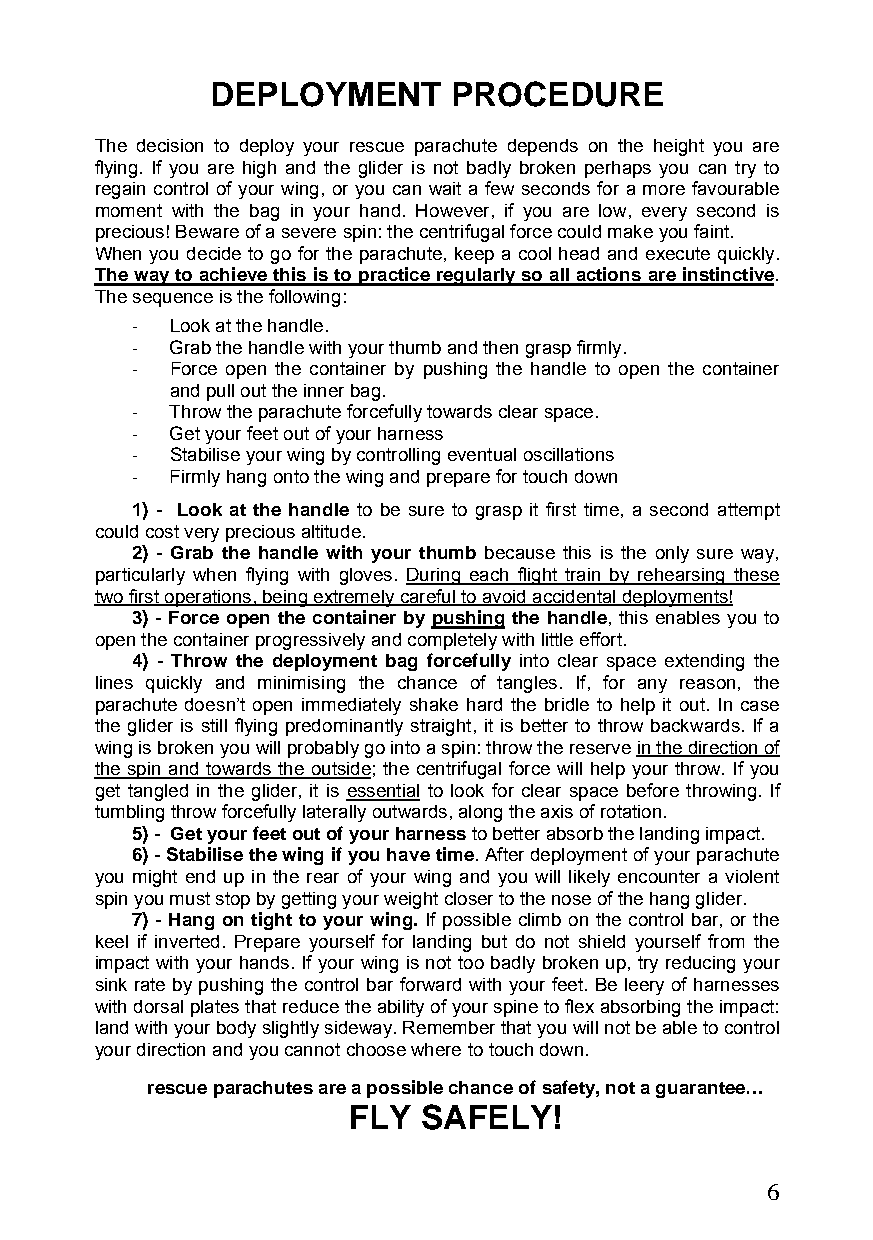
DEPLOYMENT      PROCEDURE
 The decision to deploy your rescue parachute depends on the height you are
 flying. If you are high and the glider is not badly broken perhaps you can try to
 regain control of your wing, or you can wait a few seconds for a more favourable
 moment with the bag in your hand. However, if you are low, every second is
 precious! Beware of a severe spin: the centrifugal force could make you faint.
 When you decide to go for the parachute, keep a cool head and execute quickly.
 The way to achieve this is to practice regularly so all actions are instinctive.
 The sequence is the following:
 - Look at the handle.
 - Grab the handle with your thumb and then grasp firmly.
 - Force open the container by pushing the handle to open the container
 and pull out the inner bag.
 - Throw the parachute forcefully towards clear space.
 - Get your feet out of your harness
 - Stabilise your wing by controlling eventual oscillations
 - Firmly hang onto the wing and prepare for touch down
 1) - Look at the handle to be sure to grasp it first time, a second attempt
 could cost very precious altitude.
 2) - Grab the handle with your thumb because this is the only sure way,
 particularly when flying with gloves. During each flight train by rehearsing these
 two first operations, being extremely careful to avoid accidental deployments!
 3) - Force open the container by pushing the handle, this enables you to
 open the container progressively and completely with little effort.
 4) - Throw the deployment bag forcefully into clear space extending the
 lines quickly and minimising the chance of tangles. If, for any reason, the
 parachute doesn’t open immediately shake hard the bridle to help it out. In case
 the glider is still flying predominantly straight, it is better to throw backwards. If a
 wing is broken you will probably go into a spin: throw the reserve in the direction of
 the spin and towards the outside; the centrifugal force will help your throw. If you
 get tangled in the glider, it is essential to look for clear space before throwing. If
 tumbling throw forcefully laterally outwards, along the axis of rotation.
 5) - Get your feet out of your harness to better absorb the landing impact.
 6) - Stabilise the wing if you have time. After deployment of your parachute
 you might end up in the rear of your wing and you will likely encounter a violent
 spin you must stop by getting your weight closer to the nose of the hang glider.
 7) - Hang on tight to your wing. If possible climb on the control bar, or the
 keel if inverted. Prepare yourself for landing but do not shield yourself from the
 impact with your hands. If your wing is not too badly broken up, try reducing your
 sink rate by pushing the control bar forward with your feet. Be leery of harnesses
 with dorsal plates that reduce the ability of your spine to flex absorbing the impact:
 land with your body slightly sideway. Remember that you will not be able to control
 your direction and you cannot choose where to touch down.
 rescue parachutes are a possible chance of safety, not a guarantee…
 FLY  SAFELY!
 6